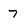
Character: 7